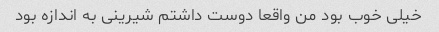
خیلی خوب بود من واقعا دوست داشتم شیرینی به اندازه بود